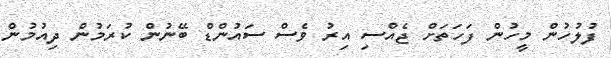
ފުލުހުން މީހުން ފަހަތަށް ޖެއްސި އިރު ވެސް ސައުންޑް ބޭނުން ކުރަމުން ދިއުމުން